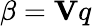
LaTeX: \beta=\mathbf{V}q